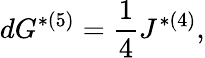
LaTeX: dG^{*(5)}={\frac{1}{4}}J^{*(4)},